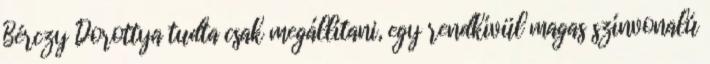
Bérczy Dorottya tudta csak megállítani, egy rendkívül magas színvonalú